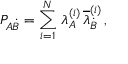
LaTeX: P _ { A \dot { B } } = \sum _ { i = 1 } ^ { N } \, \lambda _ { A } ^ { ( i ) } \, \overline { { { \lambda } } } _ { \dot { B } } ^ { ( i ) } \, ,